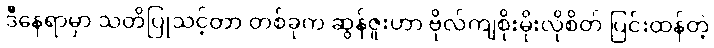
ဒီနေရာမှာ သတိပြုသင့်တာ တစ်ခုက ဆွန်ဇူးဟာ ဗိုလ်ကျစိုးမိုးလိုစိတ် ပြင်းထန်တဲ့